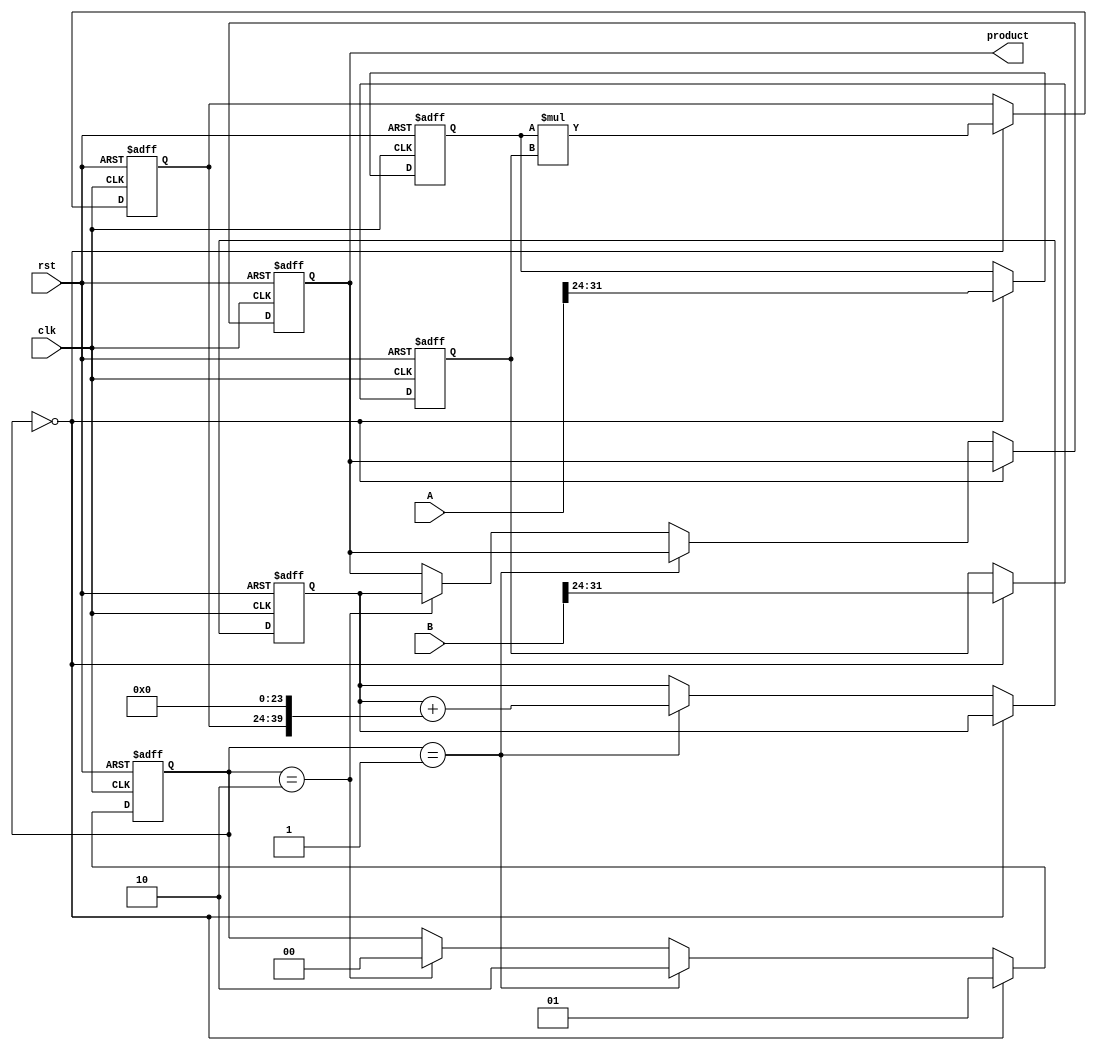
module pipelined_sliced_multiplier #(
    parameter N = 32, // Width of operands
    parameter M = 4   // Number of slices
)(
    input clk,
    input rst,
    input [N-1:0] A,
    input [N-1:0] B,
    output reg [2*N-1:0] product
);

    // Slice width
    localparam SLICE_WIDTH = N / M;

    // Intermediate registers for pipelining
    reg [SLICE_WIDTH-1:0] A_slices [0:M-1];
    reg [SLICE_WIDTH-1:0] B_slices [0:M-1];
    reg [2*SLICE_WIDTH-1:0] partial_products [0:M-1];
    reg [2*N-1:0] sum_partial_products;

    // Control signals
    reg [1:0] stage; // 0: Slice Multiplication, 1: Partial Product Generation, 2: Addition

    // Slice the inputs
    integer i;
    always @(posedge clk or posedge rst) begin
        if (rst) begin
            for (i = 0; i < M; i = i + 1) begin
                A_slices[i] <= 0;
                B_slices[i] <= 0;
                partial_products[i] <= 0;
            end
            sum_partial_products <= 0;
            product <= 0;
            stage <= 0;
        end else begin
            // Stage 0: Slice Multiplication
            if (stage == 0) begin
                for (i = 0; i < M; i = i + 1) begin
                    A_slices[i] <= A[(i+1)*SLICE_WIDTH-1 -: SLICE_WIDTH];
                    B_slices[i] <= B[(i+1)*SLICE_WIDTH-1 -: SLICE_WIDTH];
                    partial_products[i] <= A_slices[i] * B_slices[i];
                end
                stage <= 1; // Move to next stage
            end

            // Stage 1: Partial Product Generation
            else if (stage == 1) begin
                sum_partial_products <= 0;
                for (i = 0; i < M; i = i + 1) begin
                    sum_partial_products <= sum_partial_products + (partial_products[i] << (i * SLICE_WIDTH));
                end
                stage <= 2; // Move to next stage
            end

            // Stage 2: Addition
            else if (stage == 2) begin
                product <= sum_partial_products;
                stage <= 0; // Reset to initial stage for new inputs
            end
        end
    end

endmodule